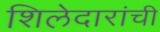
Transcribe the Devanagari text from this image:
शिलेदारांची